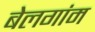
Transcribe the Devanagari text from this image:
बेलगांम